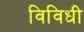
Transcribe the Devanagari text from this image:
विविधी